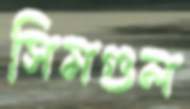
সিমগুল